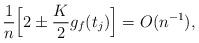
LaTeX: \begin{align*}\frac{1}{n}\Bigl[2\pm \frac{K}{2}g_f(t_{j})\Bigr]= O( n^{-1}),\end{align*}